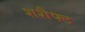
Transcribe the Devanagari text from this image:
शशैफ्ट